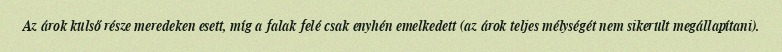
Az árok külső része meredeken esett, míg a falak felé csak enyhén emelkedett (az árok teljes mélységét nem sikerült megállapítani).